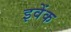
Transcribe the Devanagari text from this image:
इवेंक